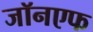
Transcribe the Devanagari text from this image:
जॉनएफ